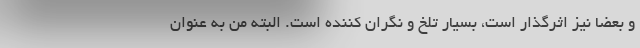
و بعضا نیز اثرگذار است، بسیار تلخ و نگران کننده است. البته من به عنوان